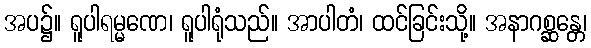
အပ၌။ ရူပါရမ္မဏေ၊ ရူပါရုံသည်။ အာပါတံ၊ ထင်ခြင်းသို့။ အနာဂစ္ဆန္တေ၊